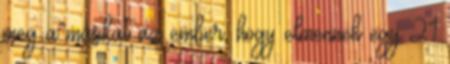
meg a másikat az ember, hogy elmennek egy 21